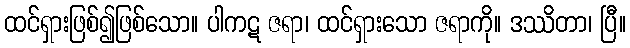
ထင်ရှားဖြစ်၍ဖြစ်သော။ ပါကဋ ဇရာ၊ ထင်ရှားသော ဇရာကို။ ဒဿိတာ၊ ပြီ။